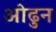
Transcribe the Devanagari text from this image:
ओढुन